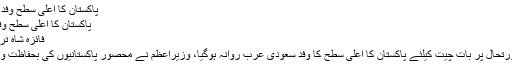
پاکستان کا اعلی سطح وفد سعودی عرب روانہ -
پاکستان کا اعلی سطح وفد سعودی عرب روانہ
فائزہ شاہ ترمیم 31 مارچ 2015
اسلام آباد: یمن کی صورتحال پر بات چیت کیلئے پاکستان کا اعلی سطح کا وفد سعودی عرب روانہ ہوگیا، وزیرِاعظم نے محصور پاکستانیوں کی بحفاظت واپسی کی ہدایت کردی۔